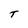
Character: T